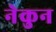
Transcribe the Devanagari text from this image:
नेकुन